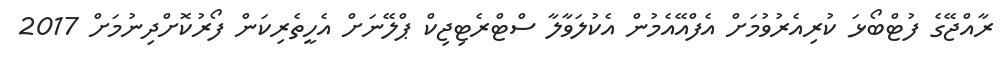
ރާއްޖޭގެ ފުޓްބޯޅަ ކުރިއެރުވުމަށް އެފްއޭއެމުން އެކުލަވާލާ ސްޓްރެޓިޖިކް ޕްލޭނަށް އެހީތެރިކަން ފޯރުކޮށްދިނުމަށް 2017